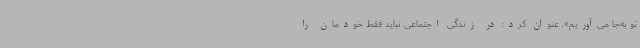
تو به‌جا می‌آوریم»، عنوان کرد: در زندگی اجتماعی نباید فقط خودمان را